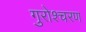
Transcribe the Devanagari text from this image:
गुरोश्चरण